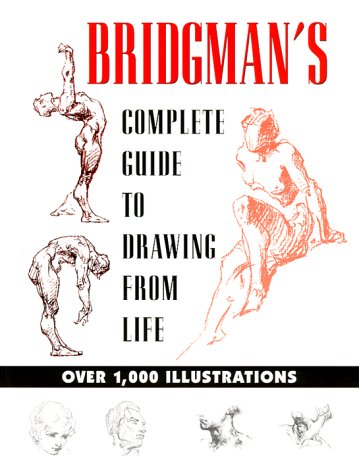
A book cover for Bridgman's Complete Guide to Drawing from Life; George B. Bridgman; Arts & Photography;